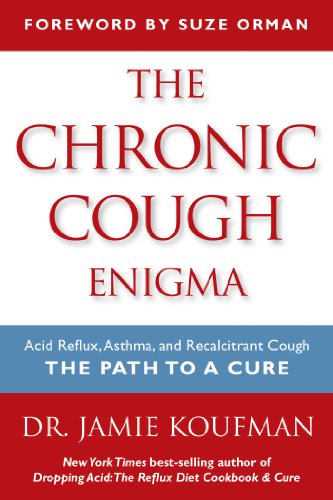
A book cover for The Chronic Cough Enigma: How to recognize, diagnose and treat neurogenic and reflux related cough; Jamie A. Koufman M.D.  F.A.C.S.; Medical Books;